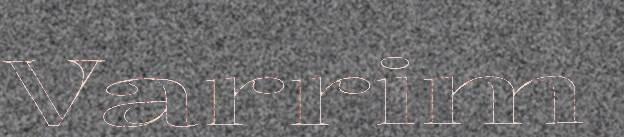
Varrim